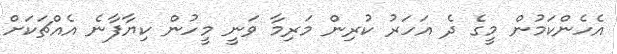
އެހެންކަމުން މީގެ ދެ އަހަރު ކުރިން މަރިމާ ވަނީ މީހުން ކިޔާފާނެ އެއްޗަކަށް